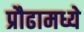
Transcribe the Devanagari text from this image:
प्रौढामध्ये